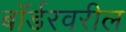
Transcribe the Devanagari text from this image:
बॉर्डरवरील